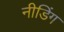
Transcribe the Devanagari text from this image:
नीडिंग